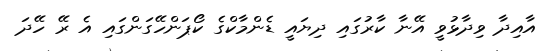
އާއިދާ ވިދާޅުވީ އޭނާ ކާރުގައި ދިޔައީ ޑެންމާކްގެ ކޯޕަންހޭގަންގައި އެ ރޭ ހޭދަ